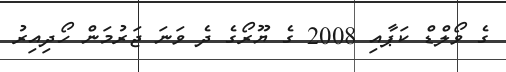
ގެ ވޯލްޑް ކަޕާއި 2008 ގެ ޔޫރޯގެ ދެ ވަނަ ޖަރުމަން ހޯދިއިރު